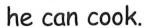
he can cook.